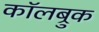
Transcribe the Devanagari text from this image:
कॉलब्रुक